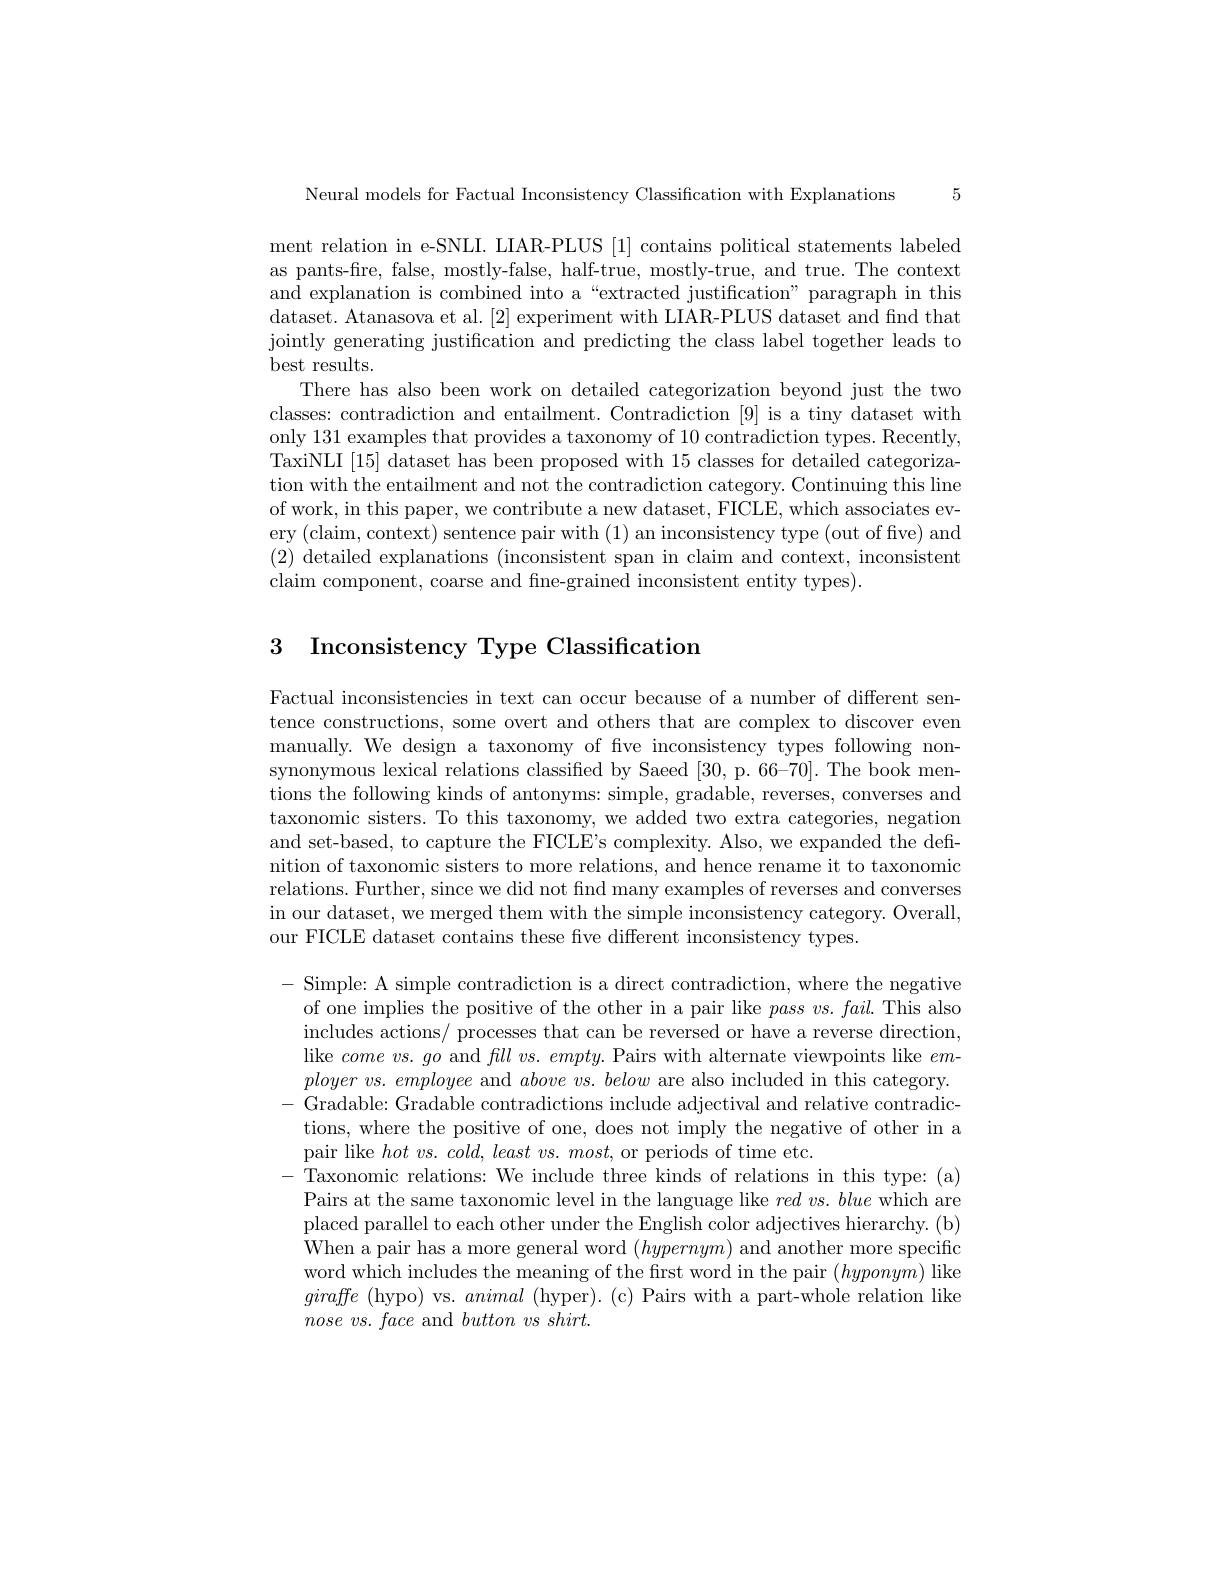
5

Neural models for Factual Inconsistency Classification with Explanations

ment relation in eSNLI. LIAR-PLUS [1] contains political statements labeled as pants-fire, false, mostly-false, half-true, mostly-true, and true. The context and explanation is combined into a “extracted justification”paragraph in this dataset. Atanasova et al. [2] experiment with LIAR-PLUS dataset and find that jointly generating justification and predicting the class label together leads to best results.
There has also been work on detailed categorization beyond just the two classes: contradiction and entailment. Contradiction [9] is a tiny dataset with only 131 examples that provides a taxonomy of 10 contradiction types. Recently, TaxiNLI [15] dataset has been proposed with 15 classes for detailed categorization with the entailment and not the contradiction category. Continuing this line of work, in this paper, we contribute a new dataset, FICLE, which associates every (claim, context) sentence pair with (1) an inconsistency type (out of five) and (2) detailed explanations ( inconsistent span in claim and context, inconsistent claim component, coarse and fine-grained inconsistent entity types).

## 3 Inconsistency Type Classification

Factual inconsistencies in text can occur because of a number of different sentence constructions, some overt and others that are complex to discover even manually. We design a taxonomy of five inconsistency types following nonsynonymous lexical relations classified by Saeed [30, p. 66-70]. The book mentions the following kinds of antonyms: simple, gradable, reverses, converses and taxonomic sisters. To this taxonomy, we added two extra categories, negation and set-based, to capture the FICLE's complexity. Also, we expanded the definition of taxonomic sisters to more relations, and hence rename it to taxonomic relations. Further, since we did not find many examples of reverses and converses in our dataset, we merged them with the simple inconsistency category. Overall, our FICLE dataset contains these five different inconsistency types

- Simple: A simple contradiction is a direct contradiction, where the negative of one implies the positive of the other in a pair like $pass\textit{vs. fail. This also}$ includes actions/ processes that can be reversed or have a reverse direction, like $comevs.go$ and $fll\textit{vs. empty. Pairs with alternate viewpoints like }em$ ployer vs. employee and $above\textit{vs. below are also included in this category. }$ - Gradable: Gradable contradictions include adjectival and relative contradictions, where the positive of one, does not imply the negative of other in a pair like $hotvs.cold,least$ vs. $most$, or periods of time etc.
- Taxonomic relations: We include three kinds of relations in this type: (a)
Pairs at the same taxonomic level in the language like $red\textit{vs. blue which are}$ placed parallel to each other under the English color adjectives hierarchy. (b) When a pair has a more general word $(hypernym)$ and another more specific word which includes the meaning of the first word in the pair $(hyponym)$ like giraffe (hypo) vs. animal (hyper). (c) Pairs with a part-whole relation like $nose\textit{vs. face and button vs shirt. }$